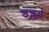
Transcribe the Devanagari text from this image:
डन्लप